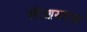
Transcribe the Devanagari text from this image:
सीआयएफ